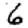
Digit: 6